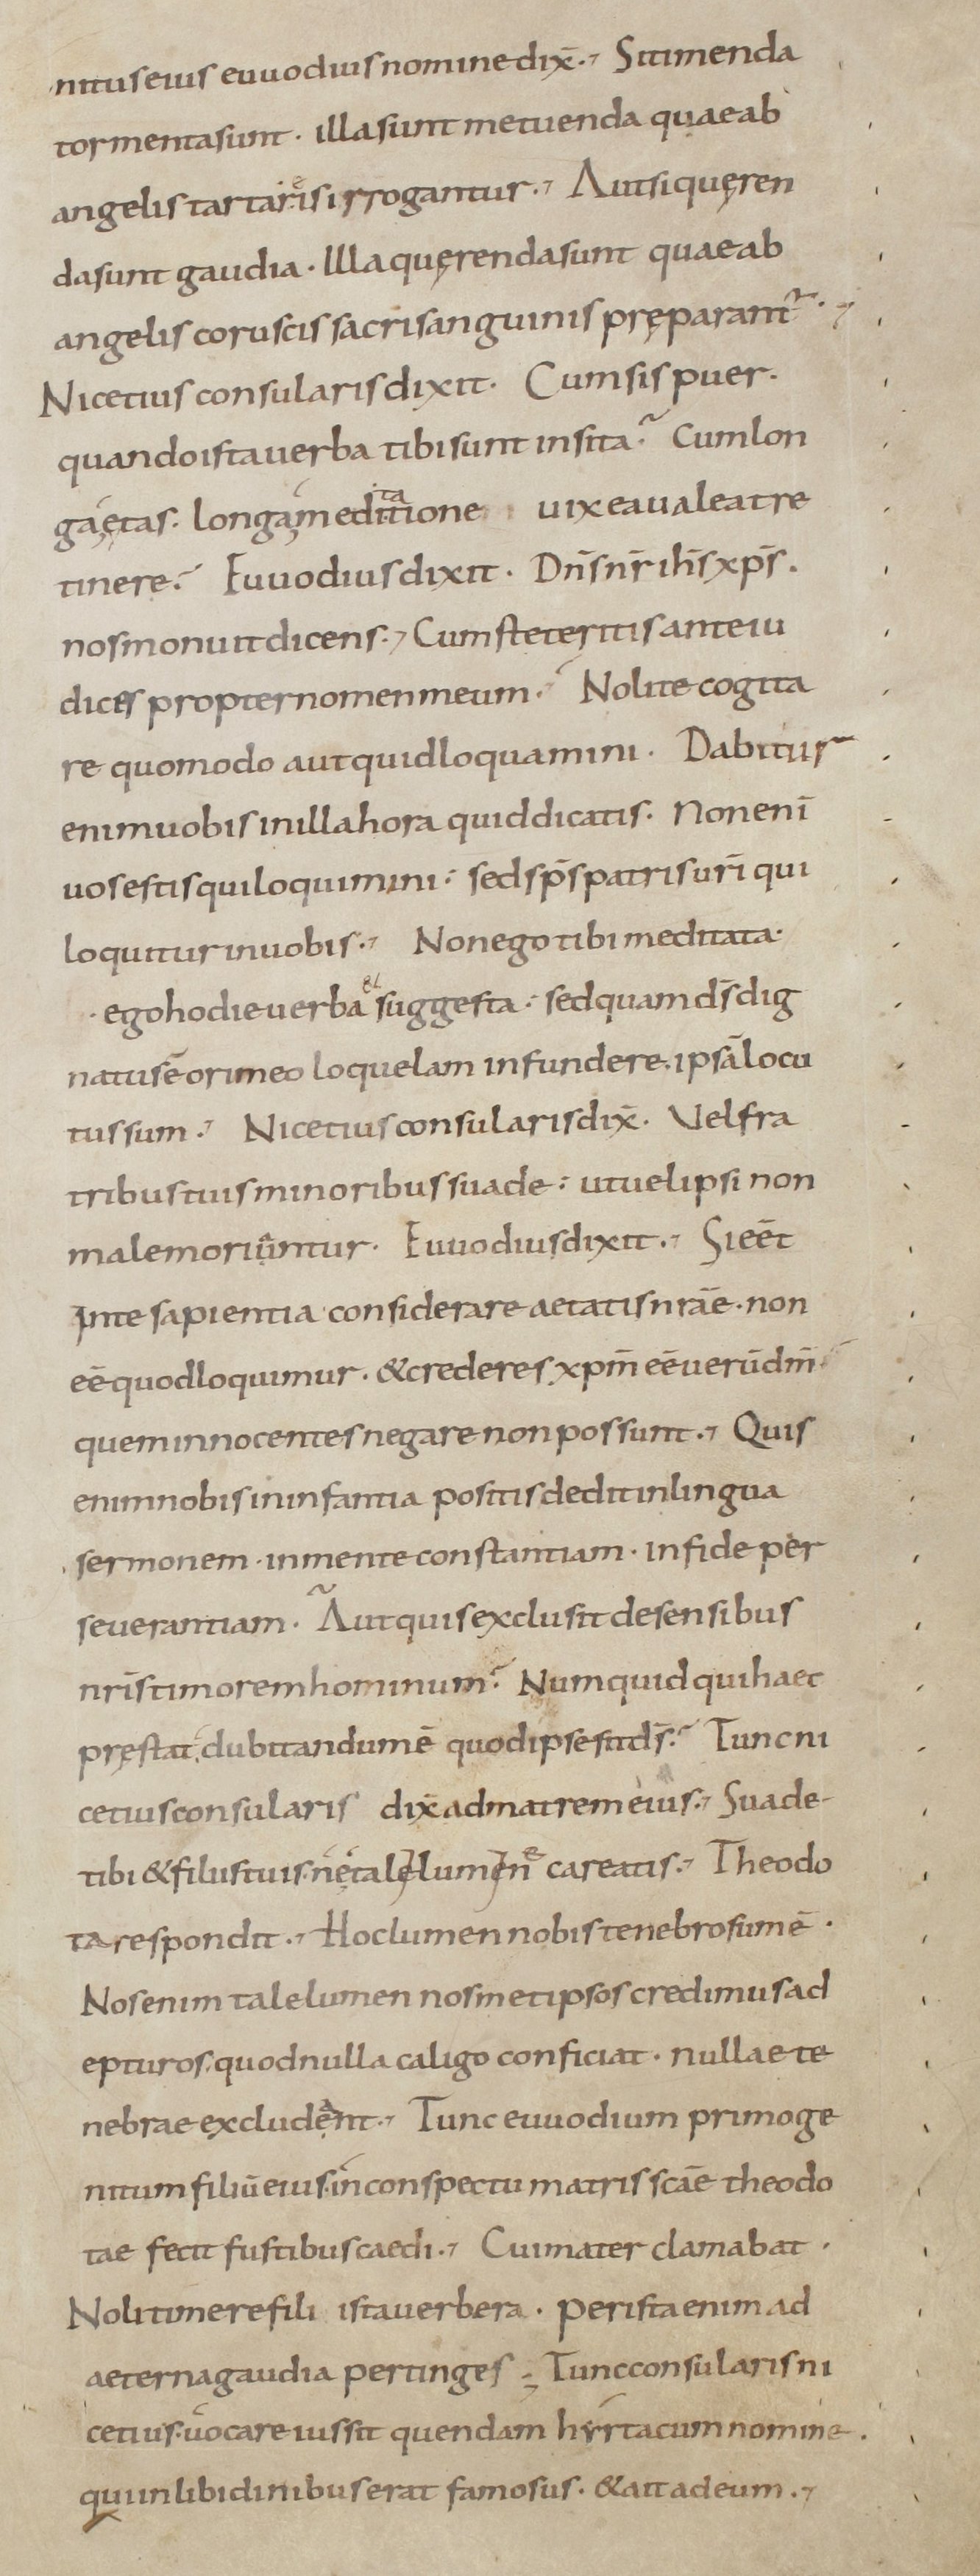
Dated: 800–899